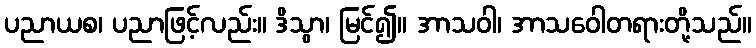
ပညာယစ၊ ပညာဖြင့်လည်း။ ဒိသွာ၊ မြင်၍။ အာသဝါ၊ အာသဝေါတရားတို့သည်။